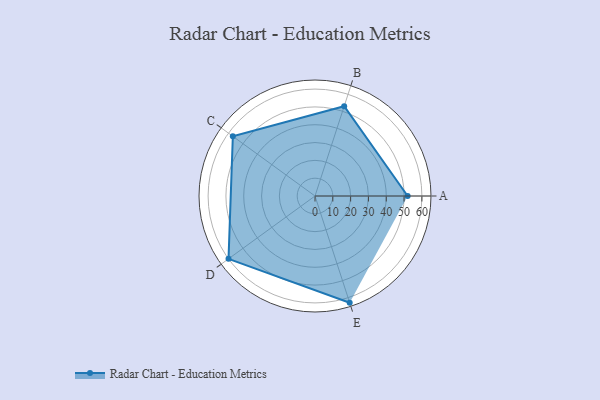
{"axis": {"x": "Skill", "y": "Score"}, "legend": ["Profile"], "data": [{"x": "A", "y": 52.0, "type": "Profile"}, {"x": "B", "y": 53.0, "type": "Profile"}, {"x": "C", "y": 57.0, "type": "Profile"}, {"x": "D", "y": 60.0, "type": "Profile"}, {"x": "E", "y": 63.0, "type": "Profile"}]}